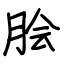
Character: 脍